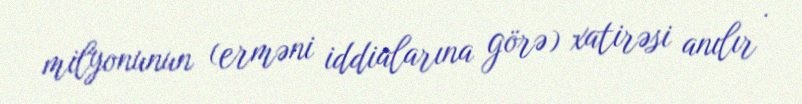
milyonunun (erməni iddialarına görə) xatirəsi anılır .